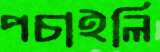
পচাইলি